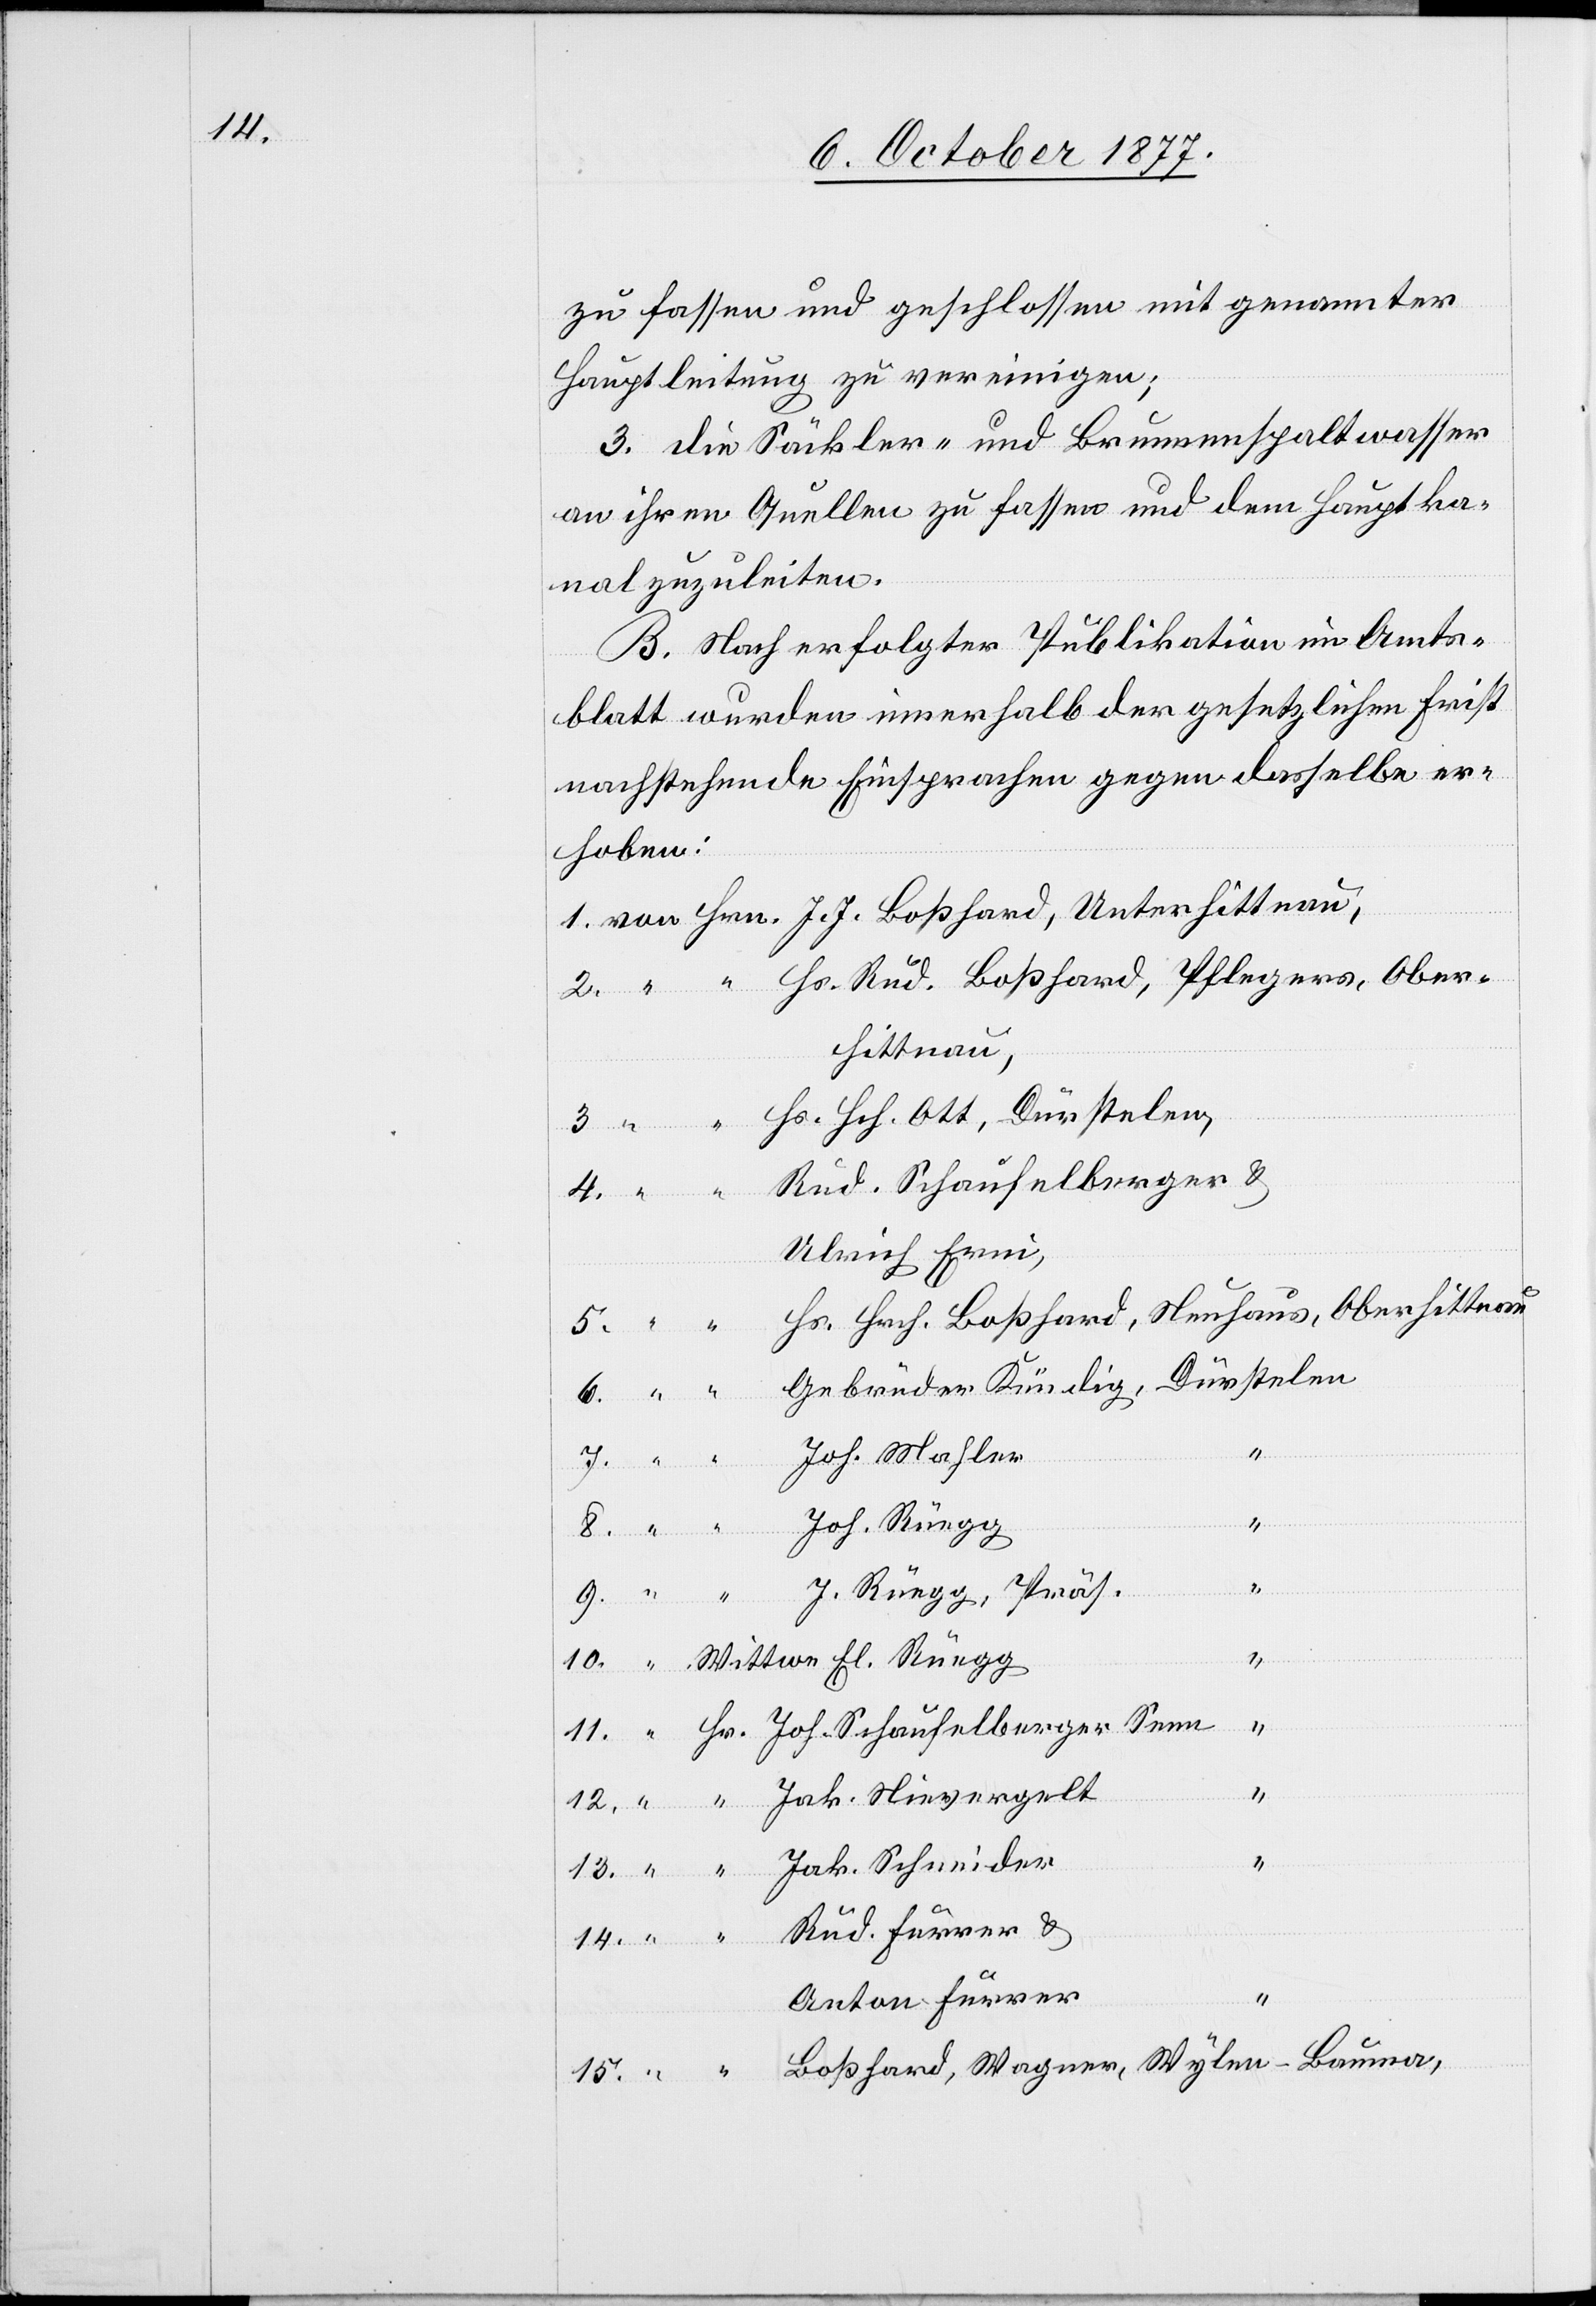
14.

zu fassen und geschlossen mit genannter
Hauptleitung zu vereinigen;
3. die Säckler- und Brunnenspaltwasser
an ihren Quellen zu fassen und dem Hauptka¬
nal zuzuleiten.
B. Nach erfolgter Publikation im Amts¬
blatt wurden innerhalb der gesetzlichen Frist
nachstehende Einsprachen gegen dasselbe er¬
hoben:
von Hrn. J. J. Boßhard, Unterhittnau,
Hs. Rud. Boßhard, Pflegers, Ober¬
2.
hittnau,
“ “ Hs. Hch. Ott, Dürstelen,
Rud. Schaufelberger &
Ulrich Erni,
Hs. Hrch. Boßhard, Neuhaus, Oberhittnau
Gebrüder Kündig, Dürstelen.
Joh. Mahler
Joh. Rüegg
J. Rüegg, Präs.
13.
“ Wittwe El. Rüegg
15.
“ Hr. Joh. Schaufelberger Senn
12.
“ “ Jak. Nievergelt
9.
“ “ Jak. Schneider
“ “ Rud. Furrer &
4.
Anton Furrer
“ “ Boßhard, Wagner, Wylen - Bauma,